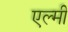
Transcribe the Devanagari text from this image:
एल्मी